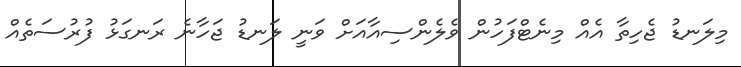
މިލަނޑު ޖެހިތާ އެއް މިނެޓްފަހުން ވެލެންސިއާއަށް ވަނީ ލަނޑު ޖަހާނެ ރަނގަޅު ފުރުސަތެއް